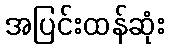
အပြင်းထန်ဆုံး